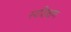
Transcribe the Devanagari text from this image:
स्वशिक्षण